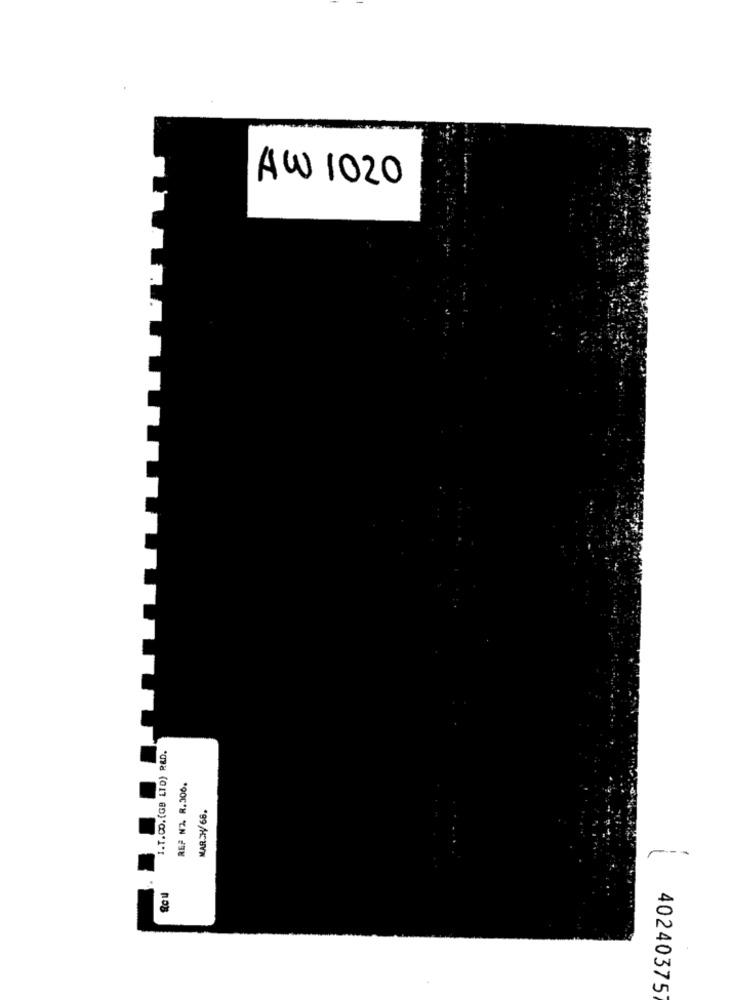
AW 1020
I.T.CO.(GB LID) R&D.
REF NA R.306.
*99/H: UVW
40240375